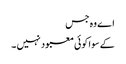
اے وہ جس
کے سوا کوئی معبود نہیں ۔